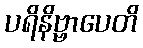
ပရိနိဗ္ဗာပေတိ